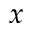
x